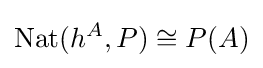
\mathrm {Nat} (h^{A},P)\cong P(A)